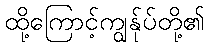
ထို့ကြောင့်ကျွန်ုပ်တို့၏